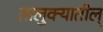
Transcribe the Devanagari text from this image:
तालुक्यातील्